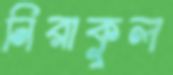
নিরাকুল